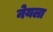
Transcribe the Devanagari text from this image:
नेयला